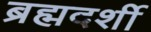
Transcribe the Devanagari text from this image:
ब्रह्मदर्शी